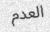
العدم